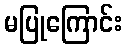
မပြုကြောင်း